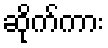
ဆိုက်ကား